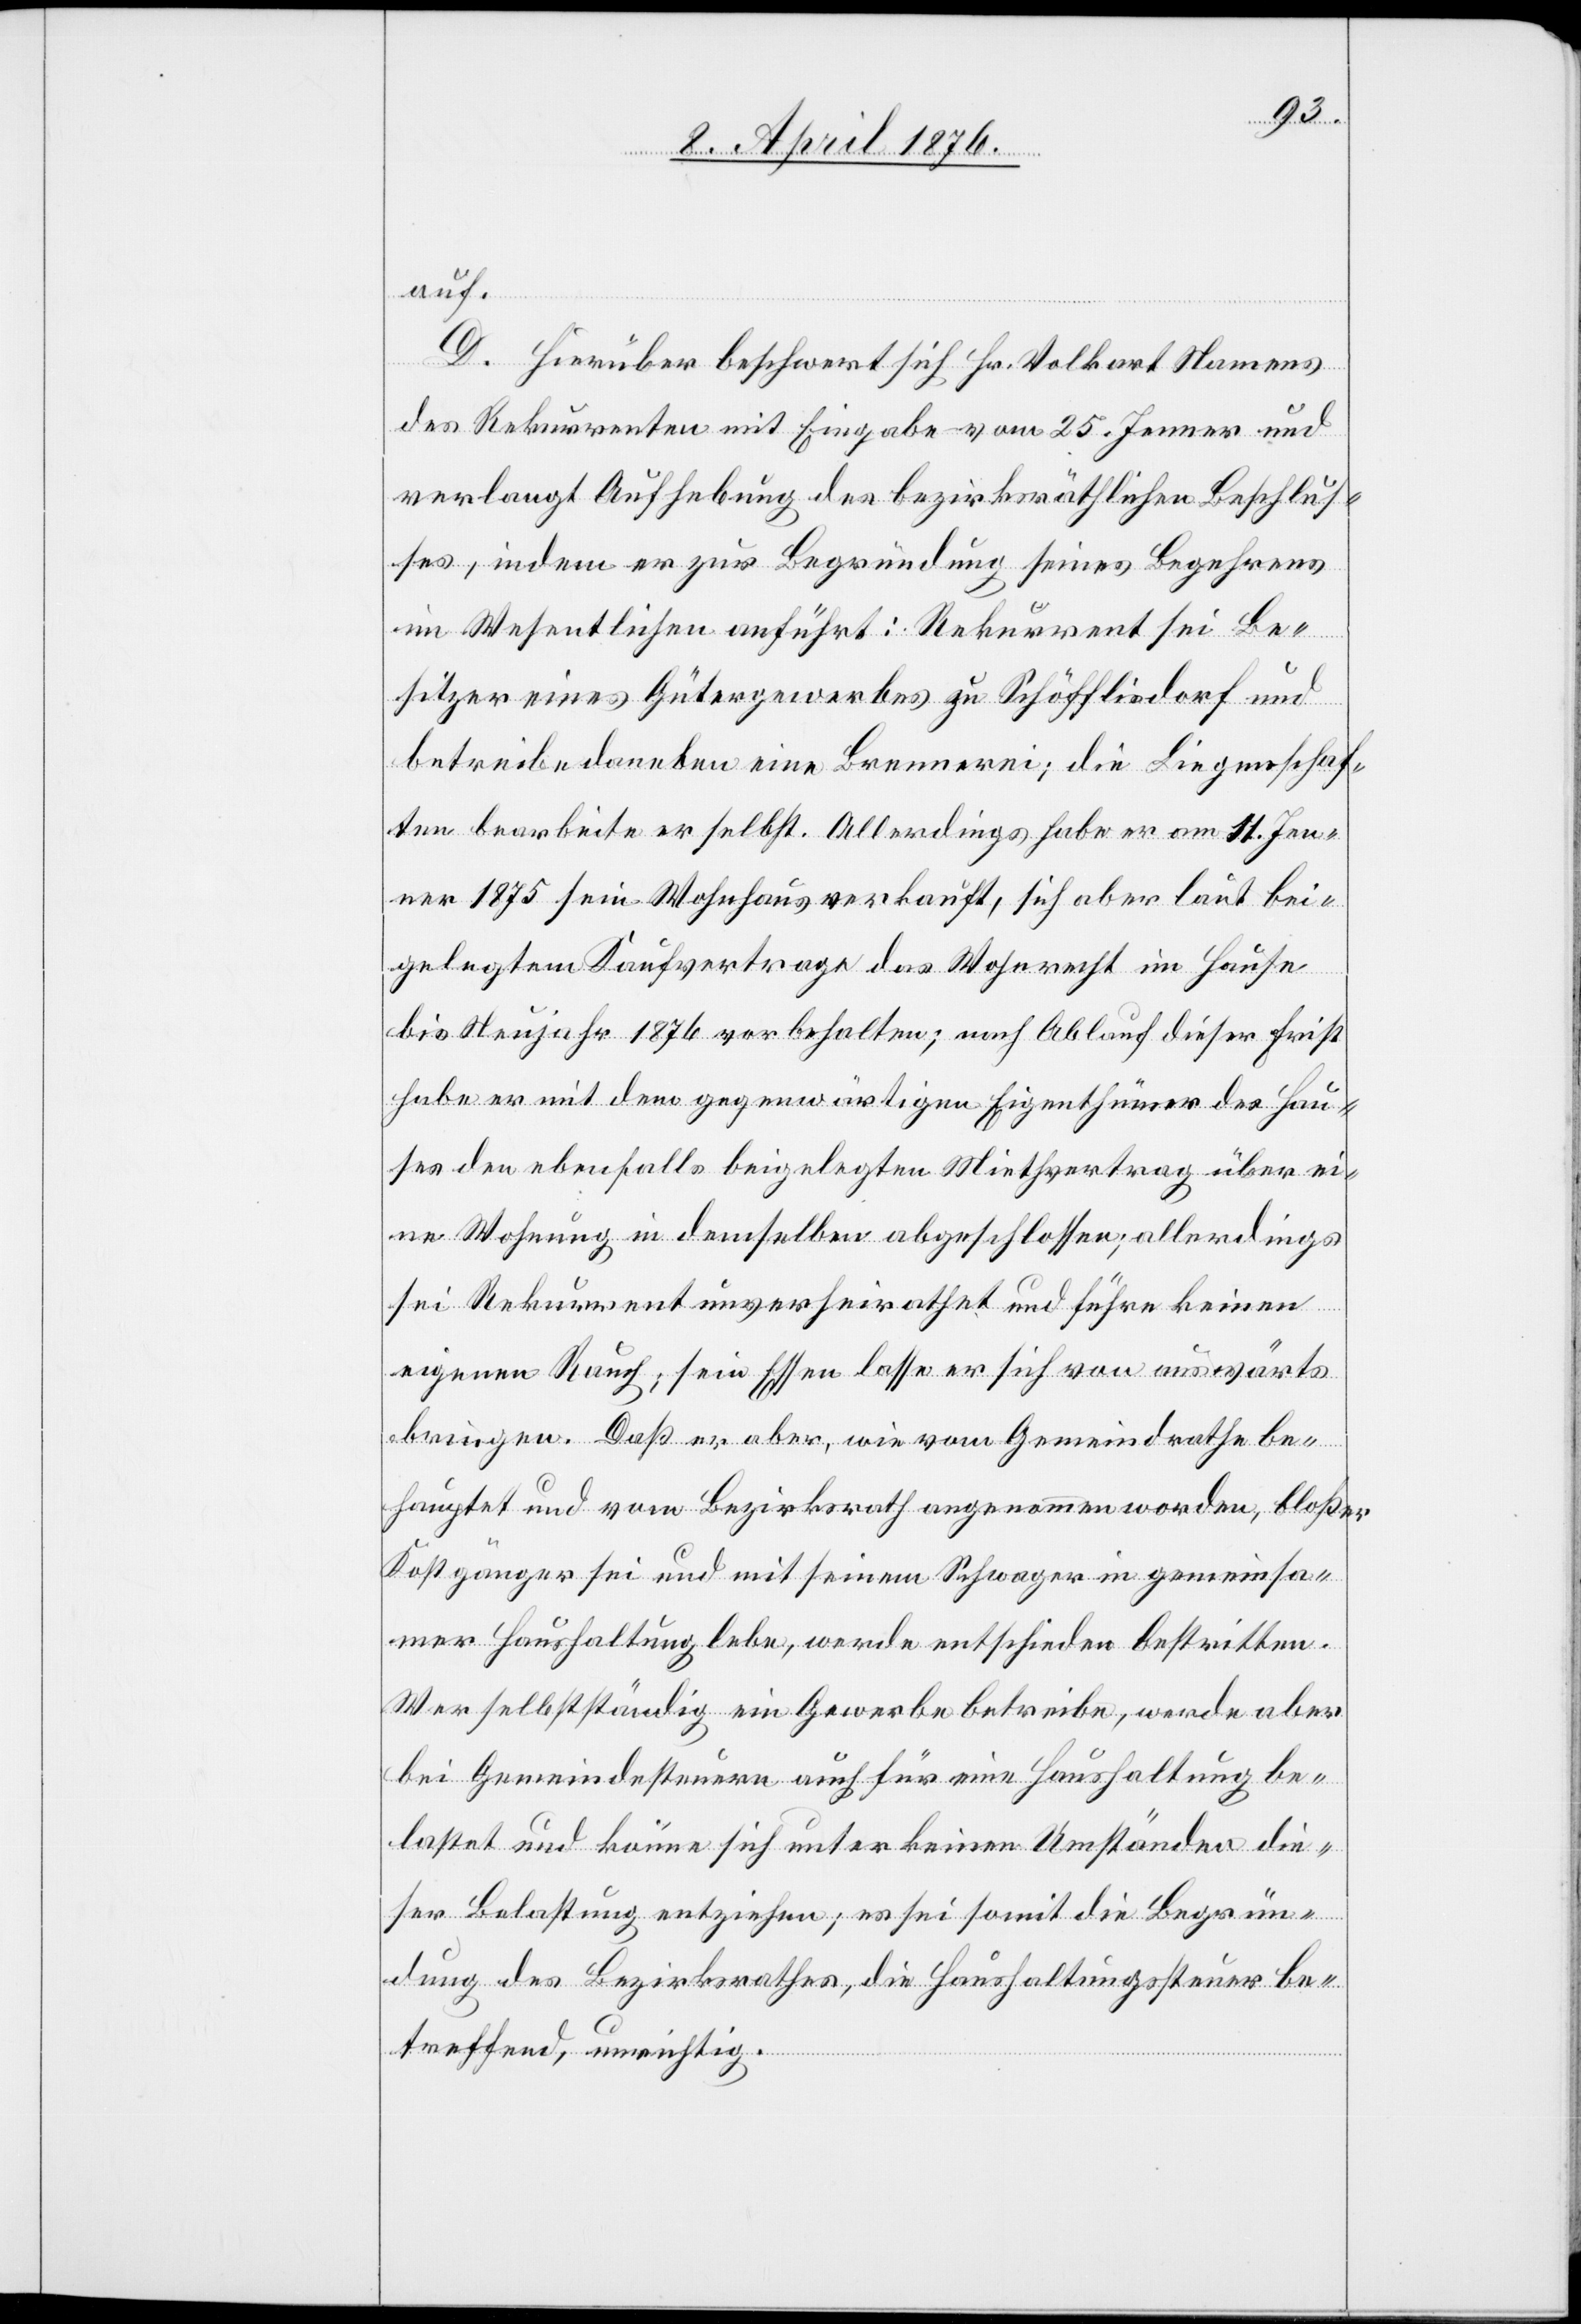
auf.
D. Hierüber beschwert sich Hr. Volkart Namens
des Rekurrenten mit Eingabe vom 25. Jenner und
verlangt Aufhebung des bezirksräthlichen Beschlus¬
ses, indem er zur Begründung seines Begehrens
im Wesentlichen anführt: Rekurrent sei Be¬
sitzer eines Gütergewerbes zu Schöfflisdorf und
betreibe daneben eine Brauerei; die Liegenschaf¬
ten bearbeite er selbst. Allerdings habe er am 11. Jen¬
ner 1875 sein Wohnhaus verkauft, sich aber laut bei¬
gelegtem Kaufvertrage das Wohnrecht im Hause
bis Neujahr 1876 vor behalten; nach Ablauf dieser Frist
habe er mit dem gegenwärtigen Eigenthümer der Hau¬
ses den ebenfalls beigelegten Miethvertrag über ei¬
ne Wohnung in demselben abgeschlossen; allerdings
sei Rekurrent unverheirathet und führe keinen
eigenen Rauch; sein Essen lasse er sich von auswärts
bringen. Daß er aber, wie vom Gemeindrathe be¬
hauptet und vom Bezirksrath angenommen worden, bloßer
Kostgänger sei und mit seinem Schwager in gemeinsa¬
mer Haushaltung lebe, werde entschieden bestritten.
Wer selbständig ein Gewerbe betreibe, werde aber
bei Gemeindesteuern auch für eine Haushaltung be¬
lastet und könne sich unter keinen Umständen die¬
ser Belastung entziehen; es sei somit die Begrün¬
dung des Bezirksrathes, die Haushaltungssteuer be¬
treffend, unrichtig.